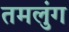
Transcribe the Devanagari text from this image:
तमलुंग